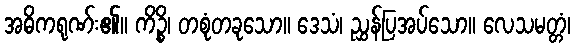
အဓိကရုဏ်း၏။ ကိဉ္စိ၊ တစုံတခုသော။ ဒေသံ၊ ညွှန်ပြအပ်သော။ လေသမတ္တံ၊